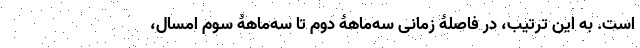
است. به این ترتیب، در فاصلۀ زمانی سه‌ماهۀ دوم تا سه‌ماهۀ سوم امسال،